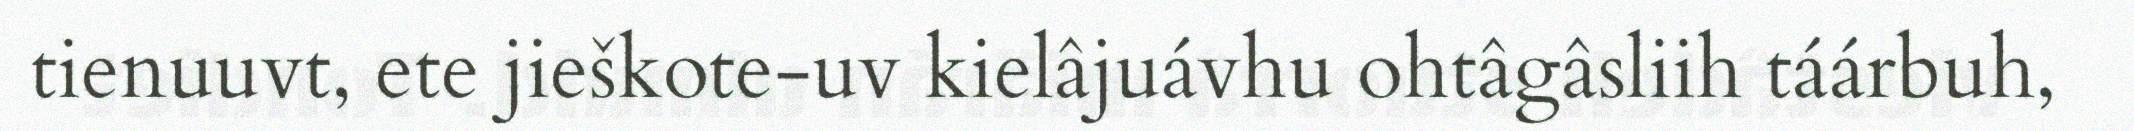
tienuuvt, ete jieškote-uv kielâjuávhu ohtâgâsliih táárbuh,